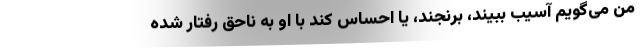
من می‌گویم آسیب ببیند، برنجند، یا احساس کند با او به ناحق رفتار شده